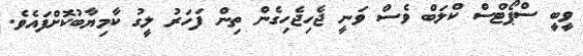
ވީބީ ސްޕޯޓްސް ކްލަބް ވެސް ވަނީ ޖެހިޖެހިގެން ތިން ފަހަރު ލީގު ކާމިޔާބުކޮށްފައެވެ.